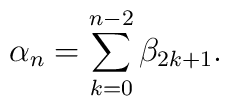
\alpha_n=\sum_{k=0}^{n-2}\beta_{2k+1}.